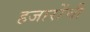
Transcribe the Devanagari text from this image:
हजारोंची